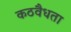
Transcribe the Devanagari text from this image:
कठवैधता